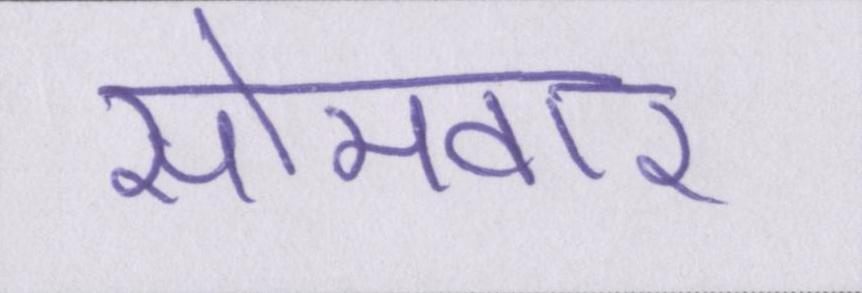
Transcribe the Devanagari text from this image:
सोमवार